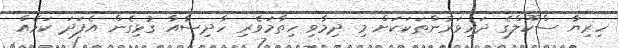
ހިރިޔާ ސްކޫލްގެ ދަރިވަރުންތަކަކަށް މި ދިމާވި ހިތާމަވެރި ހާދިސާއާ ގުޅިގެން އެފަދަ ކަމެއް